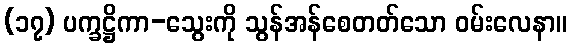
(၁၇) ပက္ခဋ္ဌိကာ-သွေးကို သွန်အန်စေတတ်သော ဝမ်းလေနာ။